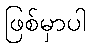
ဖြစ်မှာပါ